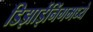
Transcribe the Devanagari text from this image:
डिझाईनिंगमध्ये